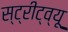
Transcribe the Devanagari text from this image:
स्ट्रीट्व्यू